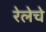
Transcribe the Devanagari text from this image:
रेलेचे